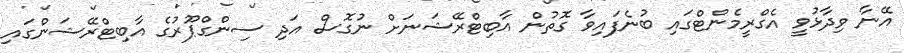
އޭނާ ވިދާޅުވީ އެގްރީމެންޓްގައި ބުނެފައިވާ ގޮތުން އާބިޓްރޭޝަނަށް ނުގޮސް އަދި ސިންގްޕޫރުގެ އާބިޓްރޭޝަންގައި